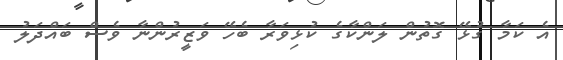
އެ ކަމާ ގުޅޭ ގޮތުން ލަންކާގެ ކުޅިވަރާ ބެހޭ ވަޒީރުންނާ ވެސް ބައްދަލު